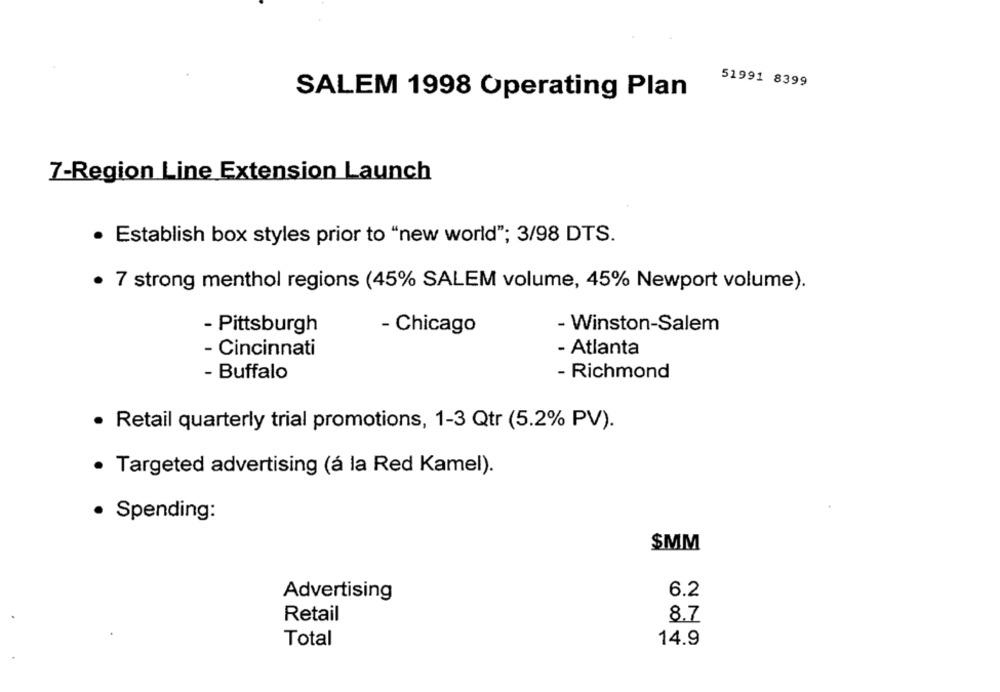
51991 8399
SALEM 1998 Operating Plan
7-Region Line Extension Launch
· Establish box styles prior to "new world"; 3/98 DTS.
· 7 strong menthol regions (45% SALEM volume, 45% Newport volume).
- Pittsburgh
- Chicago
- Winston-Salem
- Cincinnati
- Atlanta
- Richmond
- Buffalo
· Retail quarterly trial promotions, 1-3 Qtr (5.2% PV).
Targeted advertising (á la Red Kamel).
· Spending:
$MM
6.2
Advertising
Retail
8.7
Total
14.9